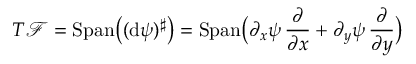
T { \mathcal F } = \mathrm { S p a n } \big ( ( \mathrm { d } \psi ) ^ { \sharp } \big ) = \mathrm { S p a n } \big ( \partial _ { x } \psi \, \frac \partial { \partial x } + \partial _ { y } \psi \, \frac \partial { \partial y } \big )